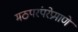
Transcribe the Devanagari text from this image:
मठपरंपरेप्रमाणे